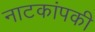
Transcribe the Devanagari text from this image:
नाटकांपकी